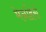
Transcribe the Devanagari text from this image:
मेनहिर्स